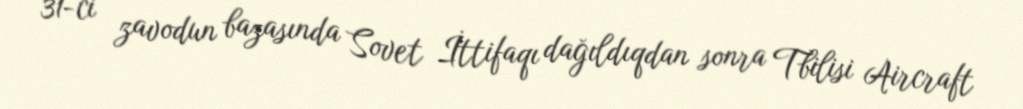
31-ci zavodun bazasında Sovet İttifaqı dağıldıqdan sonra Tbilisi Aircraft